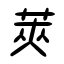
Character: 莢